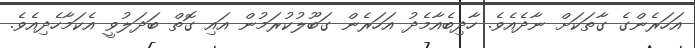
އަހަރެންގެ ގާތަކަށް ނާދެއެވެ. ހާދިބެއާމެދު އަހަރެން ގަބޫލުކުރަމުން އައި ގޮތް ބަދަލުވީ އެކަމާހެދިއެވެ.